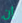
إن